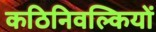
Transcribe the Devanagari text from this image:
कठिनिवल्कियों